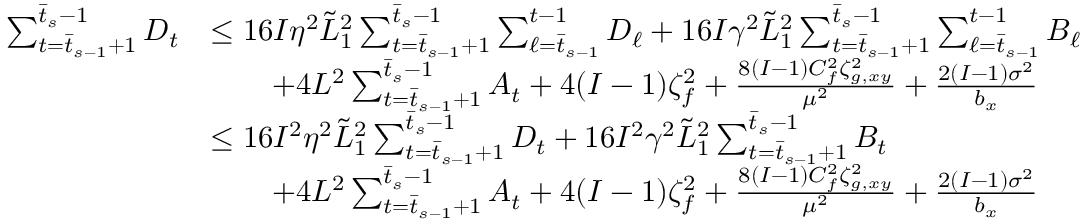
\begin{array} { r l } { \sum _ { t = \bar { t } _ { s - 1 } + 1 } ^ { \bar { t } _ { s } - 1 } D _ { t } } & { \leq 1 6 I \eta ^ { 2 } \tilde { L } _ { 1 } ^ { 2 } \sum _ { t = \bar { t } _ { s - 1 } + 1 } ^ { \bar { t } _ { s } - 1 } \sum _ { \ell = \bar { t } _ { s - 1 } } ^ { t - 1 } D _ { \ell } + 1 6 I \gamma ^ { 2 } \tilde { L } _ { 1 } ^ { 2 } \sum _ { t = \bar { t } _ { s - 1 } + 1 } ^ { \bar { t } _ { s } - 1 } \sum _ { \ell = \bar { t } _ { s - 1 } } ^ { t - 1 } B _ { \ell } } \\ & { \qquad + 4 L ^ { 2 } \sum _ { t = \bar { t } _ { s - 1 } + 1 } ^ { \bar { t } _ { s } - 1 } A _ { t } + 4 ( I - 1 ) \zeta _ { f } ^ { 2 } + \frac { 8 ( I - 1 ) C _ { f } ^ { 2 } \zeta _ { g , x y } ^ { 2 } } { \mu ^ { 2 } } + \frac { 2 ( I - 1 ) \sigma ^ { 2 } } { b _ { x } } } \\ & { \leq 1 6 I ^ { 2 } \eta ^ { 2 } \tilde { L } _ { 1 } ^ { 2 } \sum _ { t = \bar { t } _ { s - 1 } + 1 } ^ { \bar { t } _ { s } - 1 } D _ { t } + 1 6 I ^ { 2 } \gamma ^ { 2 } \tilde { L } _ { 1 } ^ { 2 } \sum _ { t = \bar { t } _ { s - 1 } + 1 } ^ { \bar { t } _ { s } - 1 } B _ { t } } \\ & { \qquad + 4 L ^ { 2 } \sum _ { t = \bar { t } _ { s - 1 } + 1 } ^ { \bar { t } _ { s } - 1 } A _ { t } + 4 ( I - 1 ) \zeta _ { f } ^ { 2 } + \frac { 8 ( I - 1 ) C _ { f } ^ { 2 } \zeta _ { g , x y } ^ { 2 } } { \mu ^ { 2 } } + \frac { 2 ( I - 1 ) \sigma ^ { 2 } } { b _ { x } } } \end{array}